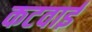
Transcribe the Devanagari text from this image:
कटवाई